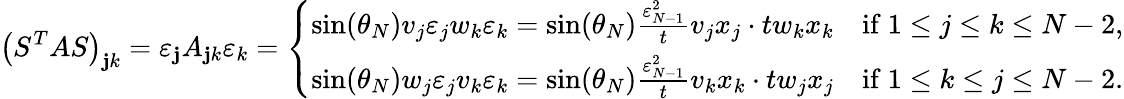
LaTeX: \left(S^{T}AS\right)_{\mathbf{j}k}=\varepsilon_{\mathbf{j}}A_{\mathbf{j}k}\varepsilon_{k}=\left\{ \begin{array}{ll}{\sin(\theta_{N})v_{j}\varepsilon_{j}w_{k}\varepsilon_{k}=\sin(\theta_{N})\frac{\varepsilon_{N-1}^{2}}{t}v_{j}x_{j}\cdot tw_{k}x_{k}}&{\mathrm{if~}1\leq j\le k\le N-2,}\\ {\sin(\theta_{N})w_{j}\varepsilon_{j}v_{k}\varepsilon_{k}=\sin(\theta_{N})\frac{\varepsilon_{N-1}^{2}}{t}v_{k}x_{k}\cdot tw_{j}x_{j}}&{\mathrm{if~}1\leq k\le j\le N-2.}\end{array}\right.